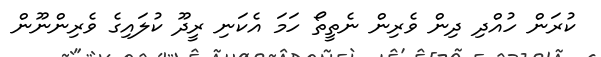
ކުރަން ހުއްދި ދިން ވެރިން ނެތީތޯ ހަމަ އެކަނި ރީދޫ ކުލައިގެ ވެރިންނޫން